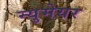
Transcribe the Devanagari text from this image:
न्युमेयर